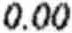
0.00